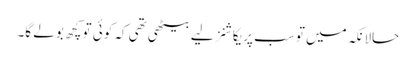
حالانکہ میں تو سب پریکاشنز لیے بیٹھی تھی کہ کوئی تو کچھ بولے گا۔